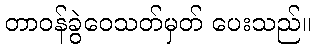
တာဝန်ခွဲဝေသတ်မှတ် ပေးသည်။